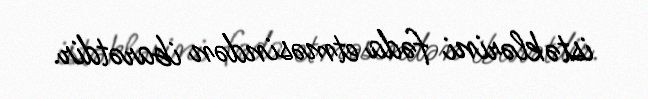
istəklərini fəda etməsindən ibarətdir.